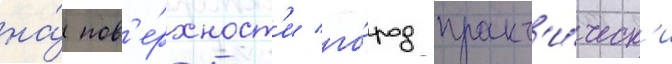
на́ пов'е́рхност'и го́род практ'и́ческ'и